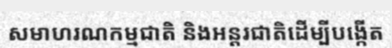
សមាហរណកម្មជាតិ និងអន្តរជាតិដើម្បីបង្កើត